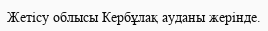
Жетісу облысы Кербұлақ ауданы жерінде.